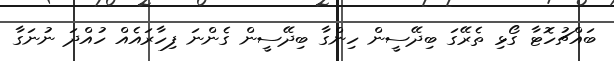
ބައްޗުހޮޓާ ގޯޅި ތެރޭގަ ބިދޭސީން ހިންގާ ބިދޭސީން ގެންނަ ފިހާރައެއް ހުއްދަ ނުނަގާ